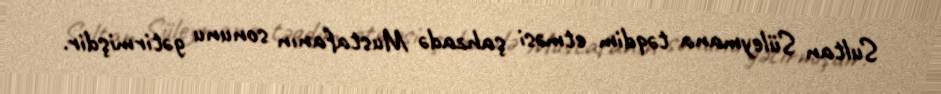
Sultan Süleymana təqdim etməsi şahzadə Mustafanın sonunu gətirmişdir.